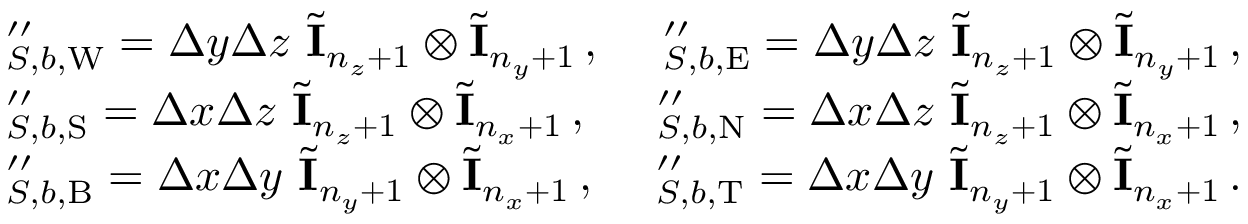
\begin{array} { r l r } & { \mathbf \Lambda _ { S , b , \mathrm { W } } ^ { \prime \prime } = \Delta y \Delta z \ \tilde { \mathbf I } _ { n _ { z } + 1 } \otimes \tilde { \mathbf I } _ { n _ { y } + 1 } \, , } & { \mathbf \Lambda _ { S , b , \mathrm { E } } ^ { \prime \prime } = \Delta y \Delta z \ \tilde { \mathbf I } _ { n _ { z } + 1 } \otimes \tilde { \mathbf I } _ { n _ { y } + 1 } \, , } \\ & { \mathbf \Lambda _ { S , b , \mathrm { S } } ^ { \prime \prime } = \Delta x \Delta z \ \tilde { \mathbf I } _ { n _ { z } + 1 } \otimes \tilde { \mathbf I } _ { n _ { x } + 1 } \, , } & { \mathbf \Lambda _ { S , b , \mathrm { N } } ^ { \prime \prime } = \Delta x \Delta z \ \tilde { \mathbf I } _ { n _ { z } + 1 } \otimes \tilde { \mathbf I } _ { n _ { x } + 1 } \, , } \\ & { \mathbf \Lambda _ { S , b , \mathrm { B } } ^ { \prime \prime } = \Delta x \Delta y \ \tilde { \mathbf I } _ { n _ { y } + 1 } \otimes \tilde { \mathbf I } _ { n _ { x } + 1 } \, , } & { \mathbf \Lambda _ { S , b , \mathrm { T } } ^ { \prime \prime } = \Delta x \Delta y \ \tilde { \mathbf I } _ { n _ { y } + 1 } \otimes \tilde { \mathbf I } _ { n _ { x } + 1 } \, . } \end{array}